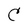
Character: C